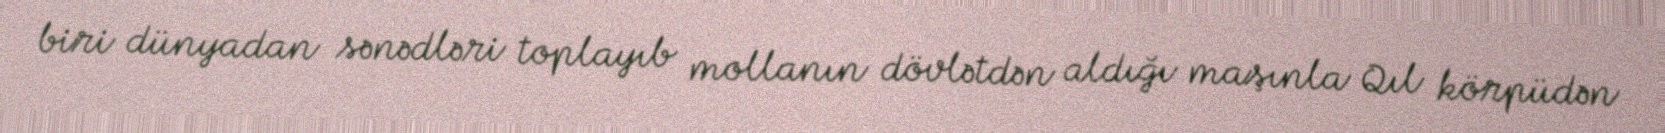
biri dünyadan sənədləri toplayıb mollanın dövlətdən aldığı maşınla Qıl körpüdən